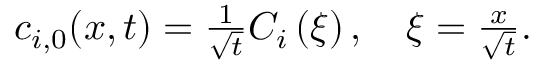
\begin{array} { r } { c _ { i , 0 } ( x , t ) = \frac { 1 } { \sqrt { t } } C _ { i } \left( \xi \right) , \quad \xi = \frac { x } { \sqrt { t } } . } \end{array}